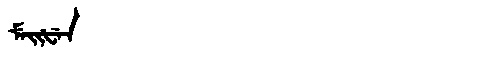
Manchu: ᠮᡝᡳᡶᡝᠨ
Romanization: MEIFEN